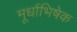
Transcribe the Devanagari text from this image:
मूर्धाभिषेक